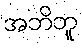
အဘိဘူ